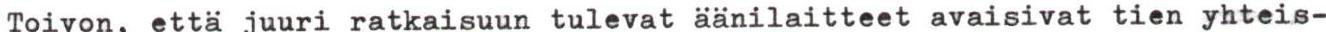
Toivon, etta juuri ratkaisuun tulevat äänilaitteet avaisivat tien yhteis-